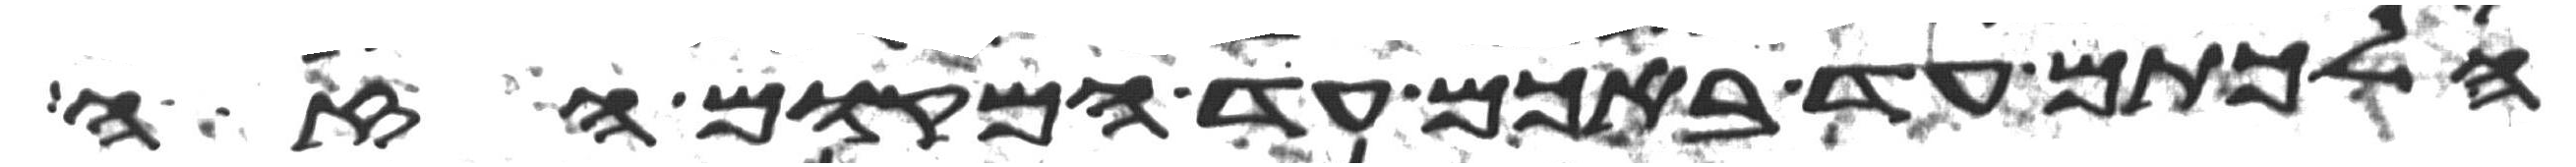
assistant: הלכתם עד באכם עד המקום הזה